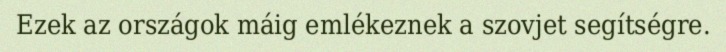
Ezek az országok máig emlékeznek a szovjet segítségre.